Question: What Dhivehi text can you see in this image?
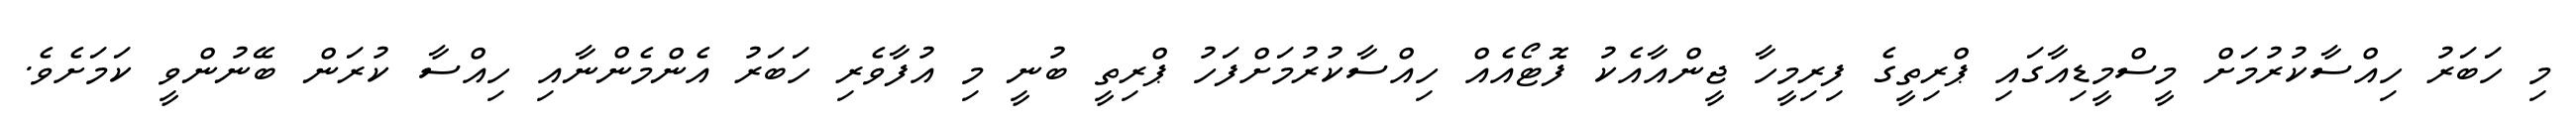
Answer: މި ހަބަރު ހިއްސާކުރުމަށް މީސްމީޑިއާގައި ޕްރިތީގެ ފިރިމީހާ ޖީންއާއެކު ފޮޓޯއެއް ހިއްސާކުރުމަށްފަހު ޕްރިތީ ބުނީ މި އުފާވެރި ހަބަރު އެންމެންނާއި ހިއްސާ ކުރަން ބޭނުންވީ ކަމަށެވެ.